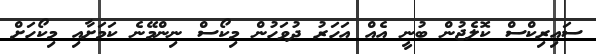
ސައިރިކްސް ކޮލެޖުން ބުނީ އެއް އަހަރު ދުވަހުން މިކޯސް ނިންމޭނެ ކަމަށާއި މިކޯހަށް